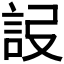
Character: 𧦮